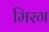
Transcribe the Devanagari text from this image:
मिरग